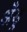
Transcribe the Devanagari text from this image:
अँड्र्